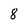
Character: 8